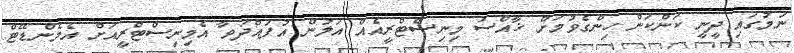
ނަމުގައި ދީނީ ކަންކަން ހިންގެވުމަށް ޚާއްޞަ މިނިސްޓްރީއެއް އަލުން އުފައްދަވާ އެމިނިސްޓްރީއަށް އެމެންޑޭޓް